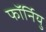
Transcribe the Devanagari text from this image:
फॉर्नियु